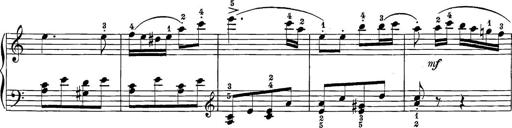
Title: 12 Sonatine per Pianoforte
Composer: Friedrich Kuhlau